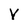
Character: Y